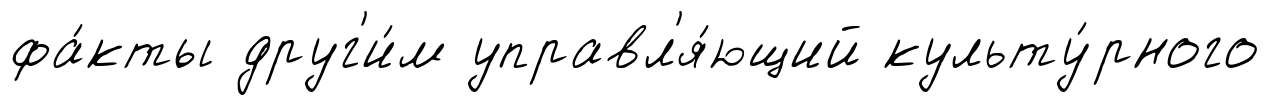
фа́кты друг'и́м управл'я́ющий культу́рного